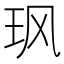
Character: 𮴆